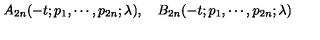
A _ { 2 n } ( - t ; p _ { 1 } , \cdots , p _ { 2 n } ; \lambda ) , \quad B _ { 2 n } ( - t ; p _ { 1 } , \cdots , p _ { 2 n } ; \lambda )